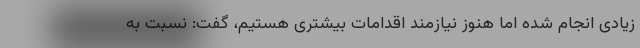
زیادی انجام شده اما هنوز نیازمند اقدامات بیشتری هستیم، گفت: نسبت به